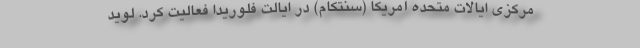
مرکزی ایالات متحده آمریکا (سنتکام) در ایالت فلوریدا فعالیت کرد. لوید